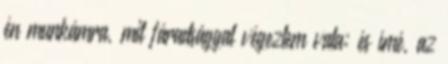
én munkámra, mit fáradsággal végeztem vala; és ímé, az